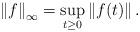
LaTeX: \begin{align*}\left\| f\right\| _{\infty}=\sup_{t\geq 0}\left\| f(t)\right\| .\end{align*}